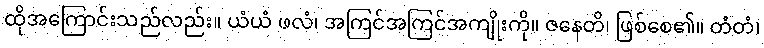
ထိုအကြောင်းသည်လည်း။ ယံယံ ဖလံ၊ အကြင်အကြင်အကျိုးကို။ ဇနေတိ၊ ဖြစ်စေ၏။ တံတံ၊